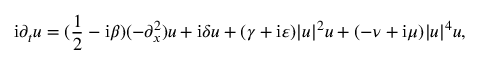
\mathrm { i } \partial _ { t } u = ( \frac { 1 } { 2 } - \mathrm { i } \beta ) ( - \partial _ { x } ^ { 2 } ) u + \mathrm { i } \delta u + ( \gamma + \mathrm { i } \varepsilon ) | u | ^ { 2 } u + ( - \nu + \mathrm { i } \mu ) | u | ^ { 4 } u ,